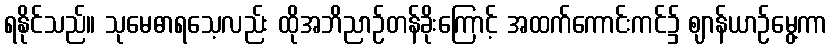
ရနိုင်သည်။ သုမေဓာရသေ့လည်း ထိုအဘိညာဉ်တန်ခိုးကြောင့် အထက်ကောင်းကင်၌ ဈာန်ယာဉ်မွေ့ကာ